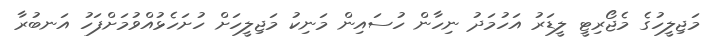
މަޖިލީހުގެ މެޖޯރިޓީ ލީޑަރު އަހުމަދު ނިހާން ހުސައިން މަނިކު މަޖިލީހަށް ހުށަހެޅުއްވުމަށްފަހު އަނބުރާ